Bréfritari: Malene Jensdóttir
Viðtakandi: Páll Pálsson
Dagsetning: A-1819-06-15
Skrifað á: Hallfreðarstöðum  N-Múl.

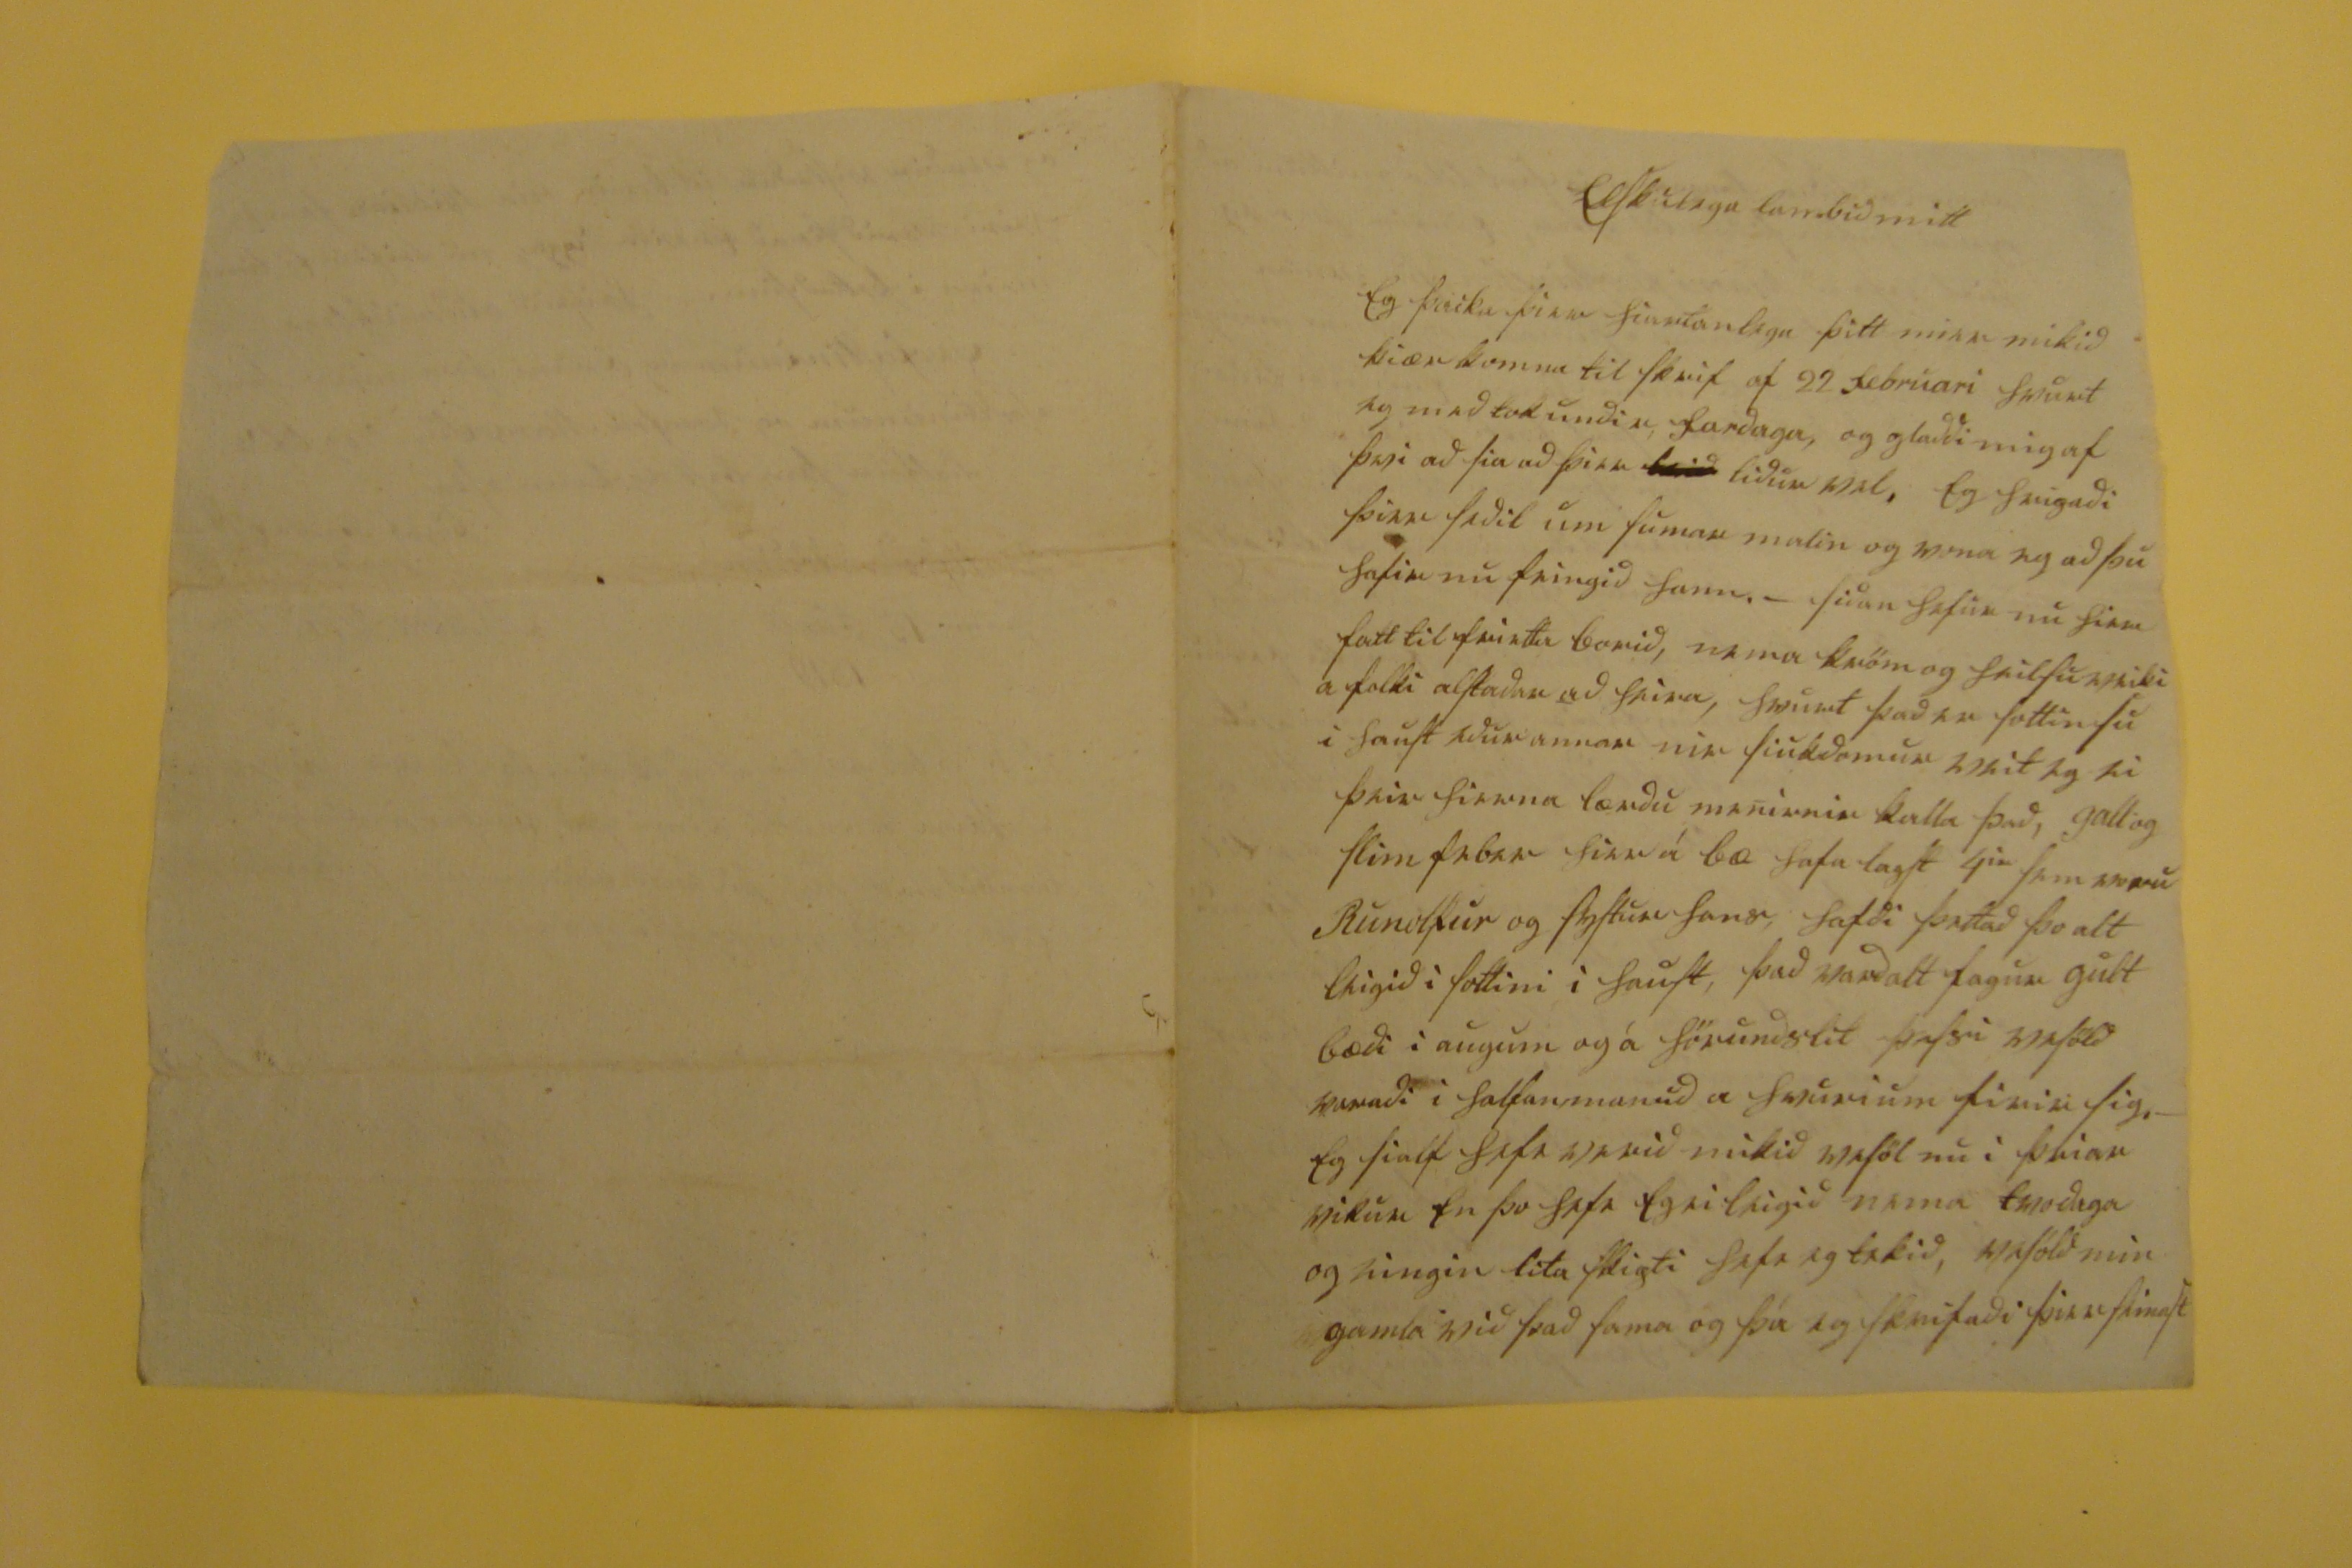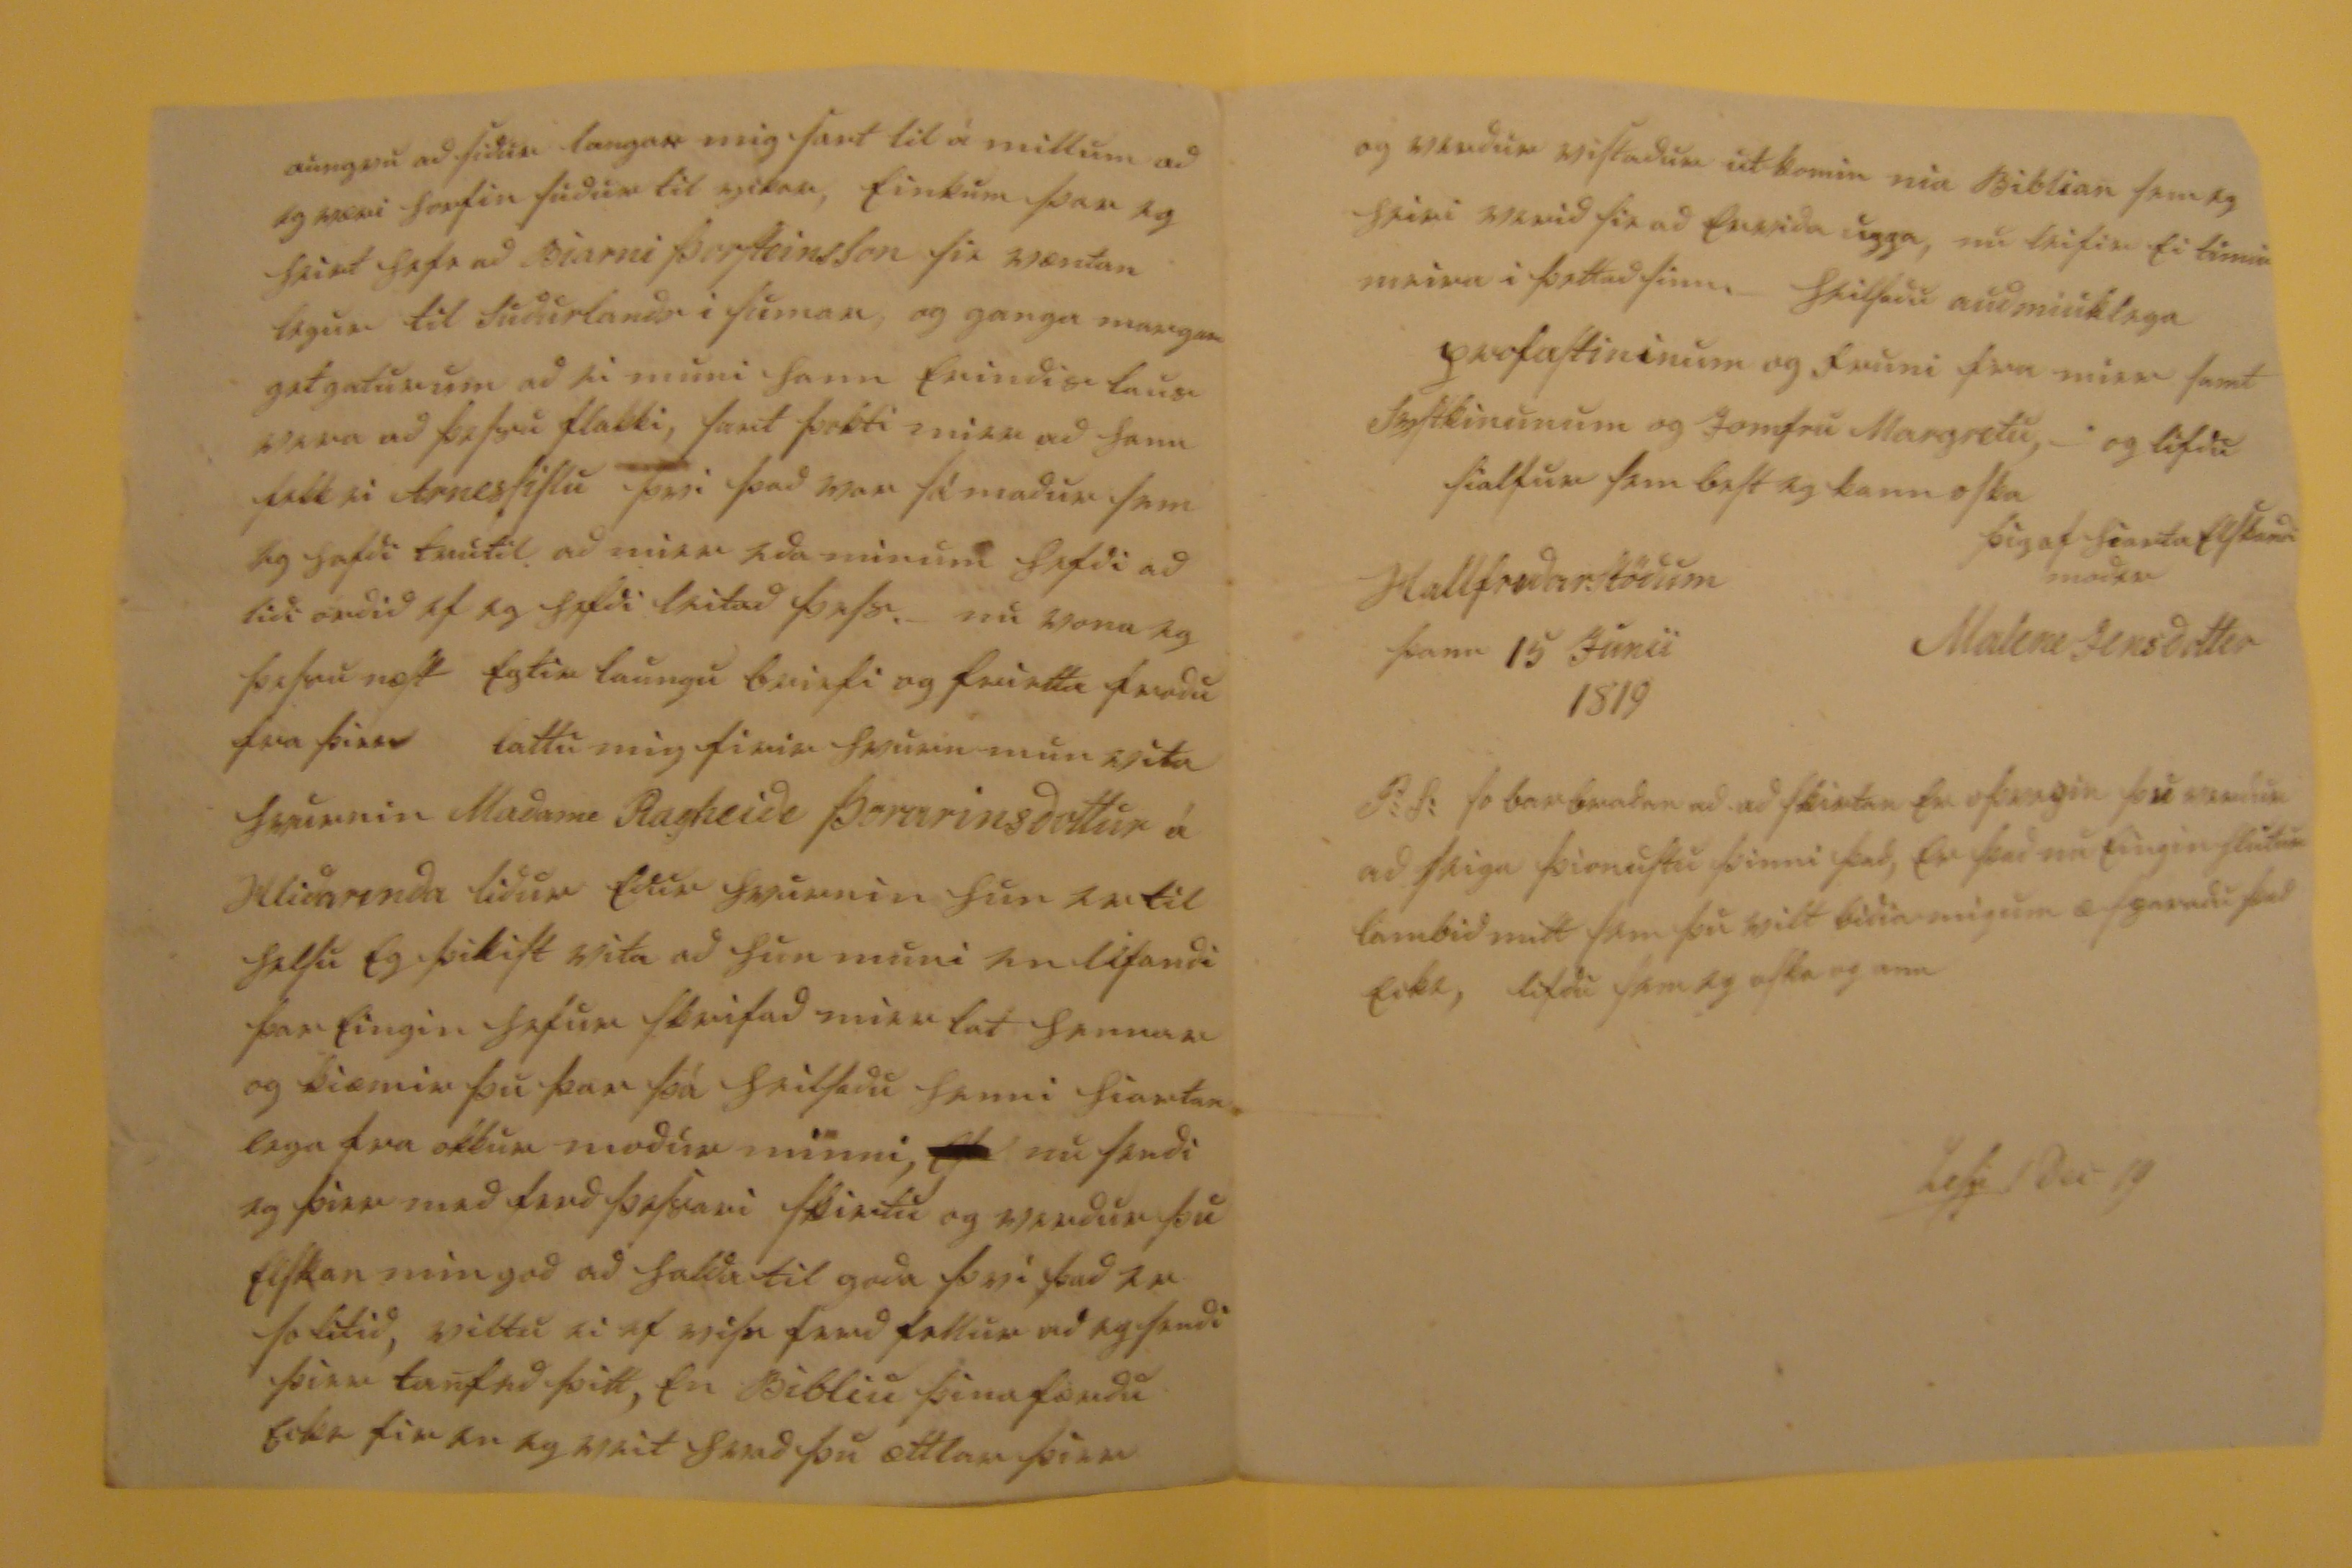

Elskulega lambid mitt
Eg þacka þier hiartanlega þitt mier mikid kiærkomna til skrif af 22 februari hvurt eg medtok undir fardaga, og gladdi mig af þvi ad sia ad þier
leid
lidur vel. Eg hripadi þier sedil um sumar malin og vona eg að þú hafir nú feingið hann. - Sídan hefur nú hier fatt til frietta borid, nema kröm og heilsuveiki a folki alstadar að heira, hvurt þad er sottin sú í haust edur annar
nú
siukdomur veit eg ei þeir hierna lærdu menirnir kalla þad, gall og slím 00000 hier á bæ hafa lagt 4
ra
sem voru Runolfur og systur hans, hafdi þettad þo alt leigid í sottini í haust, þad vard alt fagur gult bædi í augum og á hörundslit þessi vesöld varadi í halfanmanud a hvurium firir sig. - Eg sialf hefi verið mikid vesöl nu i þriar vikur en þo hefi eg ei leigid nema tvo daga og eingin lita skipti hefi eg tekid, vesöld min gamla við þad sama og þa eg skrifadi þier seinast
aungvu ad sidur langar mig sart til á millum ad eg væri horfin sudur til yckar, einkum þar eg heirt hefi ad Biarni Þorsteinsson sie væntan legur til Sudurlands i sumar, og ganga margar getgatur um ad ei muni hann erindis laus vera ad þessu flakki, sart þokti mier ad hann fekk ei Arnessislu þvi þad var sá madur sem eg hafdi trú til ad mier eda minum hefdi ad lidi ordid ef eg hefdi leitad þess. _ nu vona eg þessu næst eptir laungu briefi og frietta
frodu
fra þier lattu mig firir hvurn mun vita hvurnin Madame Ragnheidi Þorarinsdottur á Hlidarenda lidur edur hvurnin hun er til heilsu eg þikist vita ad hun muni en lifandi þar eingin hefur skrifad mier lat hennar og kiæmir þu þar þá heilsadu henni hiartan lega fra okkur modur minni,
00
nu sendi eg þier med ferd þessari skirtu og verdur þu elskan min god ad halda til goda þvi þad er so litid, viltu ei
ef visu
ferd fellur ad eg sendi þier
tanfed
þitt, en Bibliu þina færdu ecki fir en viet hvad þu hvad þu ættlar þier
og verdur vistadur utkomin nia Biblian sem eg heiri verid sie ad ervida uppa, nu leifir ei timin meira i þettad sinn. _ heilsadu audmiuklega profastinum og fruni fra mier samt systkinunum og Jomfru Margretu, _ og lifdu sialfur sem best eg kann oska
þig af hiarta elskandi modir
Malene Jensdottir
Hallfredarstödum þann 15. Junii 1819
P:S: so bar bradar ad ad skirtan er oþvegin þu verdur ad seiga þionustu þinni það, er þad nu eingin hlutur lambid mitt sem þu vilt bidia mig um æ sparadu þad ecki, lifdu sem eg oska og ann